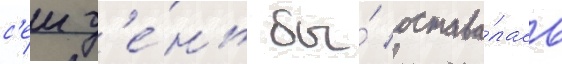
с'еи д'е́нь бы́ остава́лась